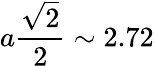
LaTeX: a\frac{\sqrt{2}}{2}\sim 2.72